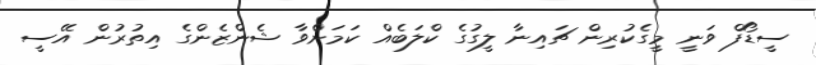
ސީޑޯފް ވަނީ މީގެކުރިން ޗައިނާ ލީގުގެ ކްލަބެއް ކަމަށްވާ ޝެންޒެންގެ އިތުރުން އޭސީ